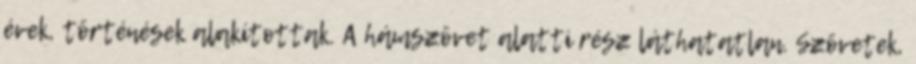
évek, történések alakítottak. A hámszövet alatti rész láthatatlan. Szövetek,